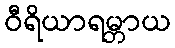
ဝီရိယာရမ္ဘာယ